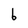
Character: 6